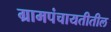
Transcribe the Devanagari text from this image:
ग्रामपंचायतीतील